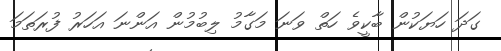
ގަދަ ހަޔަކުން ބާކީވެ ހަތް ވަނަ މަގާމު ލިބުމުން އަންނަ އަހަރު ފުރަތަމަ